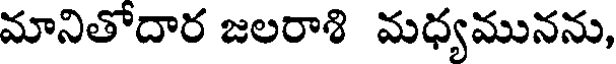
మానితోదార జలరాశి మధ్యమునను,